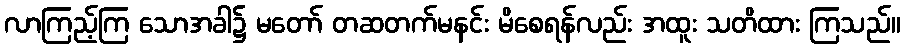
လာကြည့်ကြ သောအခါ၌ မတော် တဆတက်မနင်း မိစေရန်လည်း အထူး သတိထား ကြသည်။